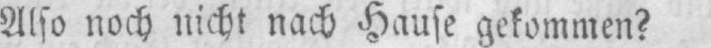
Also noch nicht nach Hause gekommen?